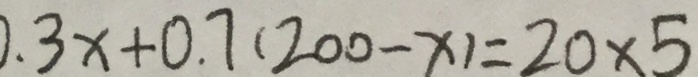
0 . 3 x + 0 . 7 ( 2 0 0 - x ) = 2 0 \times 5